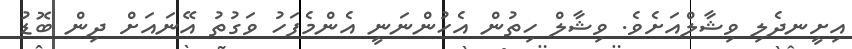
އިށީނދެލި ވިޝާލްއަށެވެ. ވިޝާލް ހިތުން އެހުންނަނީ އެންމެފަހު ވަގުތު އޭނައަށް ދިން ބޮޑު